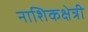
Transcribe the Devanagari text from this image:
नाशिकक्षेत्री